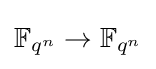
\mathbb {F} _{q^{n}}\to \mathbb {F} _{q^{n}}